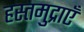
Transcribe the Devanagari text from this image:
हस्तमुद्राएँ